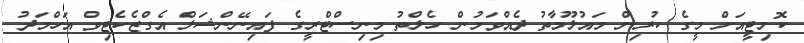
ކޮމިޓީއަށް މީގެ ކުރިން މައުލޫމާތު ދެއްވަމުން ހެލްތު މިނިސްޓްރީގެ ފައިނޭންޝަލް އެގްޒެކެޓިވް އަހްމަދު